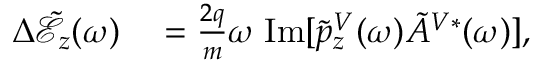
\begin{array} { r l } { \Delta \tilde { \mathcal { E } } _ { z } ( \omega ) } & { { } = \frac { 2 q } { m } \omega \; \mathrm { I m } [ \tilde { p } _ { z } ^ { V } ( \omega ) \tilde { A } ^ { V * } ( \omega ) ] , } \end{array}